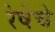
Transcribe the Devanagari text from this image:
रेषेचे